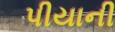
પીયાની